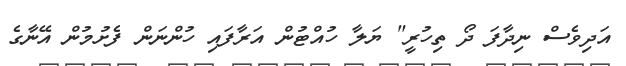
އަދިވެސް ނިދާފަ ދޯ ތިހުރީ" ޔަލާ ހުއްޓުން އަރާފައި ހުންނަން ފެށުމުން އޭނާގެ